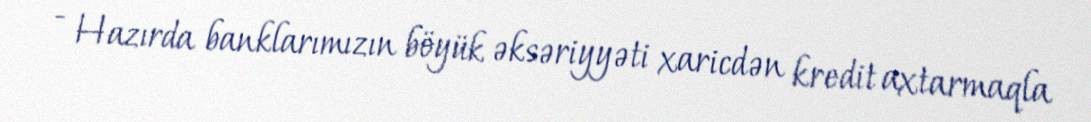
- Hazırda banklarımızın böyük əksəriyyəti xaricdən kredit axtarmaqla